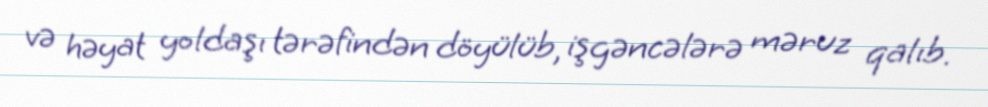
və həyat yoldaşı tərəfindən döyülüb, işgəncələrə məruz qalıb.